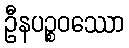
ဦနပဉ္စဝဿော